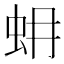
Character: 蚦